Vaccination in Burma 1920-1933 - 1920-1933
Year: 1920
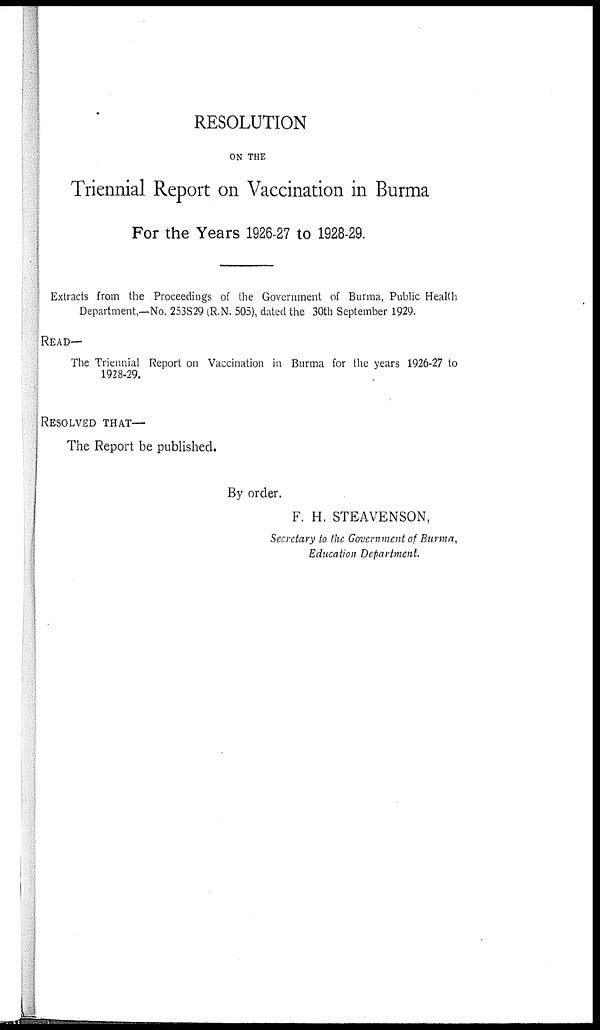
RESOLUTION
ON THE
Triennial Report on Vaccination in Burma
For the Years 1926-27 to 1928-29.
Extracts from the Proceedings of the Government of Burma, Public Health
Department,—No. 253829 (R.N. 505), dated the 30th September 1929.
READ—
The Triennial Report on Vaccination in Burma for the years 1926-27 to
1928-29.
RESOLVED THAT—
The Report be published.
By order.
F. H. STEAVENSON,
Secretary to the Government of Burma,
Education Department.